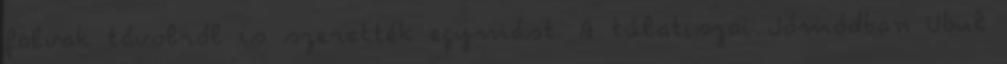
falvak távolról is szerették egymást. A túlatiszai Jómódban Ubul